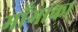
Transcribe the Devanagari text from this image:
माँगाका